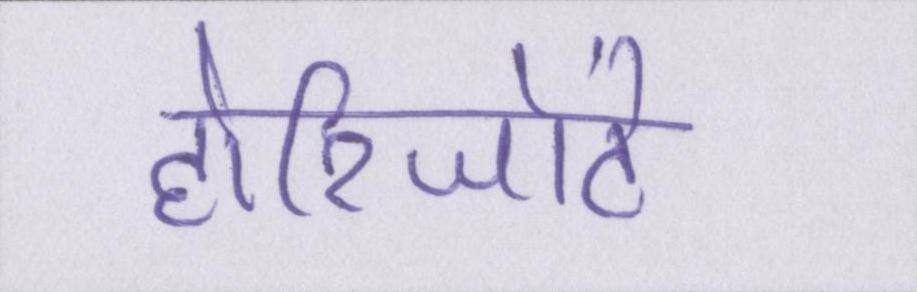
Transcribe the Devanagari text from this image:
होरिजोंटे